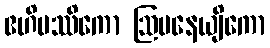
ဧဟိပဿိကော ဩပနေယျိကော